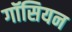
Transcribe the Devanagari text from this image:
गॉसियन